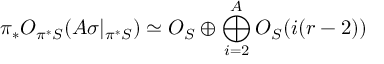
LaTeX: \pi _ { * } { \cal O } _ { \pi ^ { * } { \cal S } } ( A \sigma | _ { \pi ^ { * } { \cal S } } ) \simeq { \cal O } _ { { \cal S } } \oplus \bigoplus _ { i = 2 } ^ { A } { \cal O } _ { { \cal S } } ( i ( r - 2 ) )